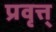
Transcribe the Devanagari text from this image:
प्रवृत्त्